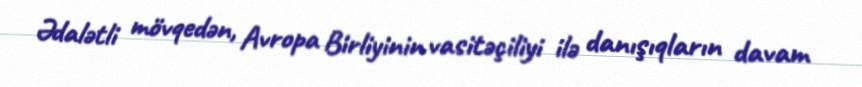
Ədalətli mövqedən, Avropa Birliyinin vasitəçiliyi ilə danışıqların davam